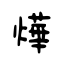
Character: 燁